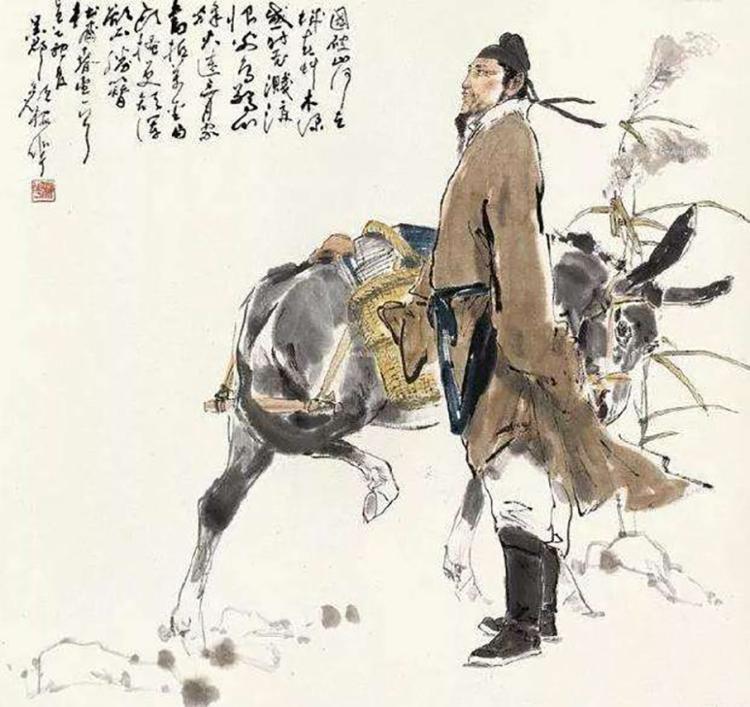
谁分去来乡国事，凄然，曾是承平两少年。